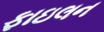
ફાઇલન